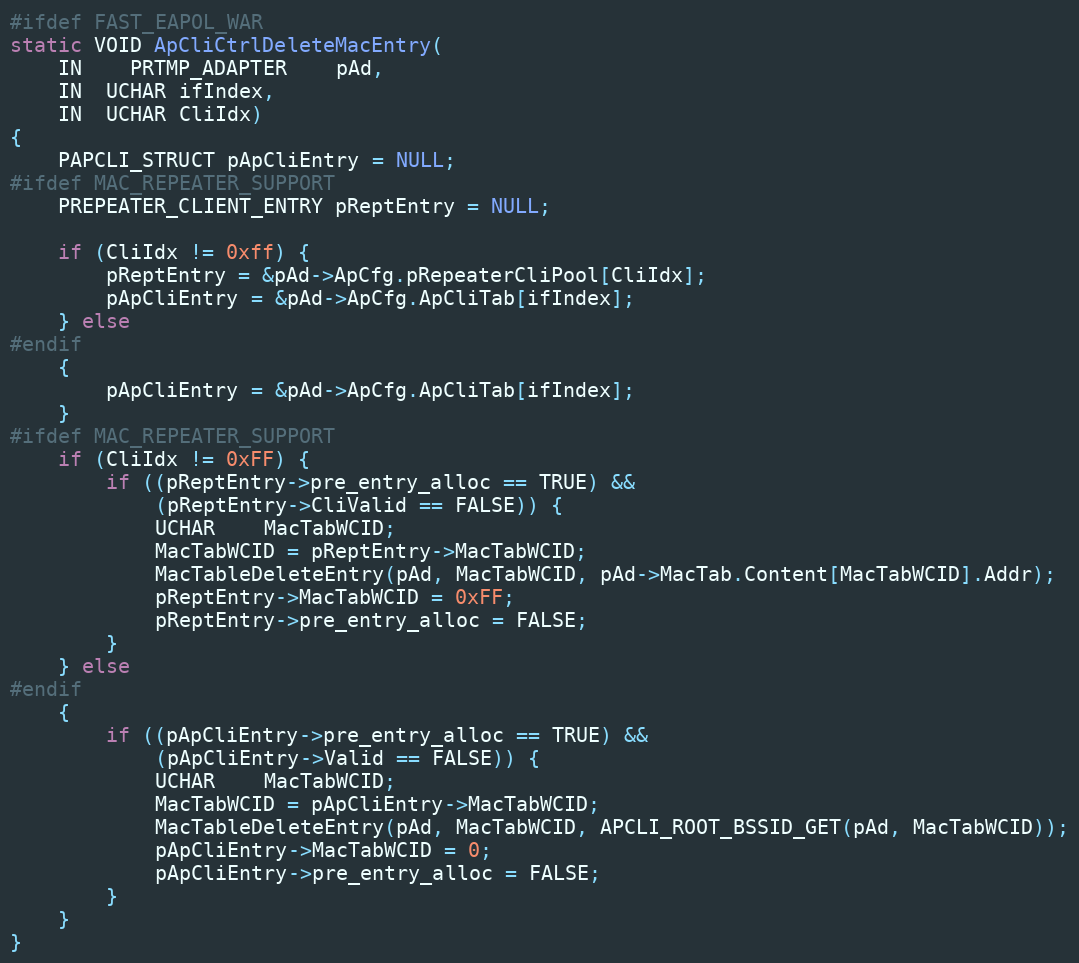
Language: C
#ifdef FAST_EAPOL_WAR
static VOID ApCliCtrlDeleteMacEntry(
	IN	PRTMP_ADAPTER	pAd,
	IN  UCHAR ifIndex,
	IN  UCHAR CliIdx)
{
	PAPCLI_STRUCT pApCliEntry = NULL;
#ifdef MAC_REPEATER_SUPPORT
	PREPEATER_CLIENT_ENTRY pReptEntry = NULL;

	if (CliIdx != 0xff) {
		pReptEntry = &pAd->ApCfg.pRepeaterCliPool[CliIdx];
		pApCliEntry = &pAd->ApCfg.ApCliTab[ifIndex];
	} else
#endif
	{
		pApCliEntry = &pAd->ApCfg.ApCliTab[ifIndex];
	}
#ifdef MAC_REPEATER_SUPPORT
	if (CliIdx != 0xFF) {
		if ((pReptEntry->pre_entry_alloc == TRUE) &&
			(pReptEntry->CliValid == FALSE)) {
			UCHAR	MacTabWCID;
			MacTabWCID = pReptEntry->MacTabWCID;
			MacTableDeleteEntry(pAd, MacTabWCID, pAd->MacTab.Content[MacTabWCID].Addr);
			pReptEntry->MacTabWCID = 0xFF;
			pReptEntry->pre_entry_alloc = FALSE;
		}
	} else
#endif
	{
		if ((pApCliEntry->pre_entry_alloc == TRUE) &&
			(pApCliEntry->Valid == FALSE)) {
			UCHAR	MacTabWCID;
			MacTabWCID = pApCliEntry->MacTabWCID;
			MacTableDeleteEntry(pAd, MacTabWCID, APCLI_ROOT_BSSID_GET(pAd, MacTabWCID));
			pApCliEntry->MacTabWCID = 0;
			pApCliEntry->pre_entry_alloc = FALSE;
		}
	}
}